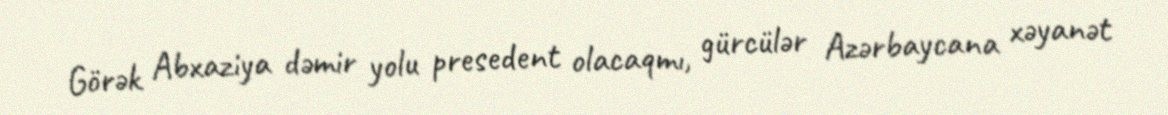
Görək Abxaziya dəmir yolu presedent olacaqmı, gürcülər Azərbaycana xəyanət